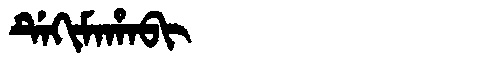
Manchu: ᡩᡝᡴᡳᠮᠠᡥᠠᠪᡳ
Romanization: DEKIMAHABI